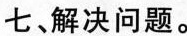
七解决问题。